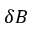
\delta B